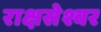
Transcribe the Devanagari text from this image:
राक्षसेश्वर